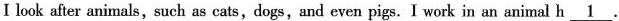
I look after animals,such as cats, dogs,and even pigs.I work in an animal h\underline{1}